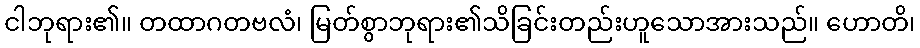
ငါဘုရား၏။ တထာဂတဗလံ၊ မြတ်စွာဘုရား၏သိခြင်းတည်းဟူသောအားသည်။ ဟောတိ၊